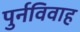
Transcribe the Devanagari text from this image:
पुर्नविवाह